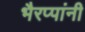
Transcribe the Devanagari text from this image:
भैरप्पांनी